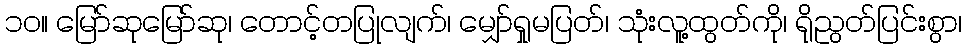
၁၀။ မြော်ဆုမြော်ဆု၊ တောင့်တပြုလျက်၊ မျှော်ရှုမပြတ်၊ သုံးလူ့ထွတ်ကို၊ ရိုညွတ်ပြင်းစွာ၊